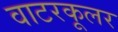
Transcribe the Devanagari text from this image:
वाटरकूलर